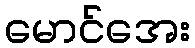
မောင်အေး